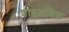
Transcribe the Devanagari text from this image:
शाइक्षणिक